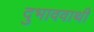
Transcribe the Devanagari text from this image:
दुभाववाथी